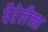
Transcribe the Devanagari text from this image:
पैरेलैक्स